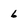
Character: 6